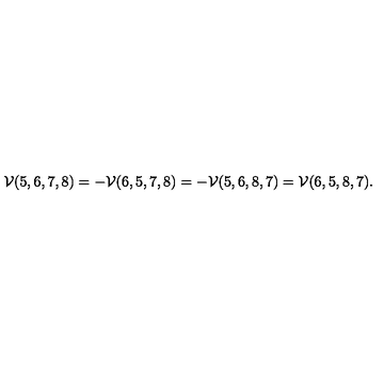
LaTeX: \mathcal V ( 5 , 6 , 7 , 8 ) = - \mathcal V ( 6 , 5 , 7 , 8 ) = - \mathcal V ( 5 , 6 , 8 , 7 ) = \mathcal V ( 6 , 5 , 8 , 7 ) .